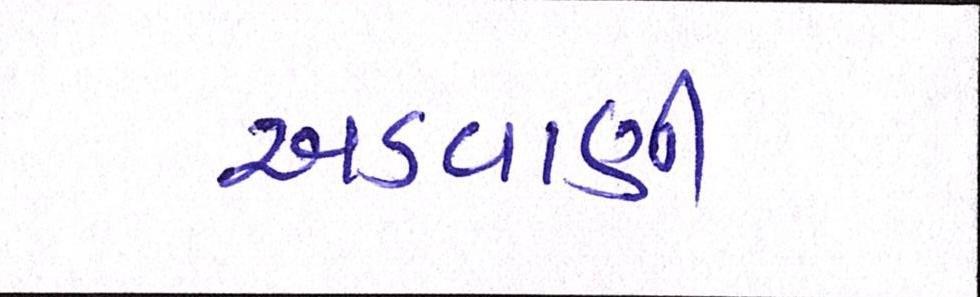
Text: અડવાણી